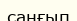
саңғып